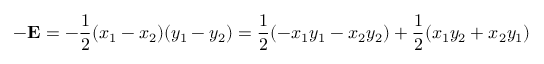
- \mathbf { E } = - { \frac { 1 } { 2 } } ( x _ { 1 } - x _ { 2 } ) ( y _ { 1 } - y _ { 2 } ) = { \frac { 1 } { 2 } } ( - x _ { 1 } y _ { 1 } - x _ { 2 } y _ { 2 } ) + { \frac { 1 } { 2 } } ( x _ { 1 } y _ { 2 } + x _ { 2 } y _ { 1 } )